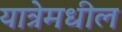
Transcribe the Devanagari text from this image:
यात्रेमधील